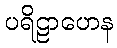
ပရိဠာဟေန